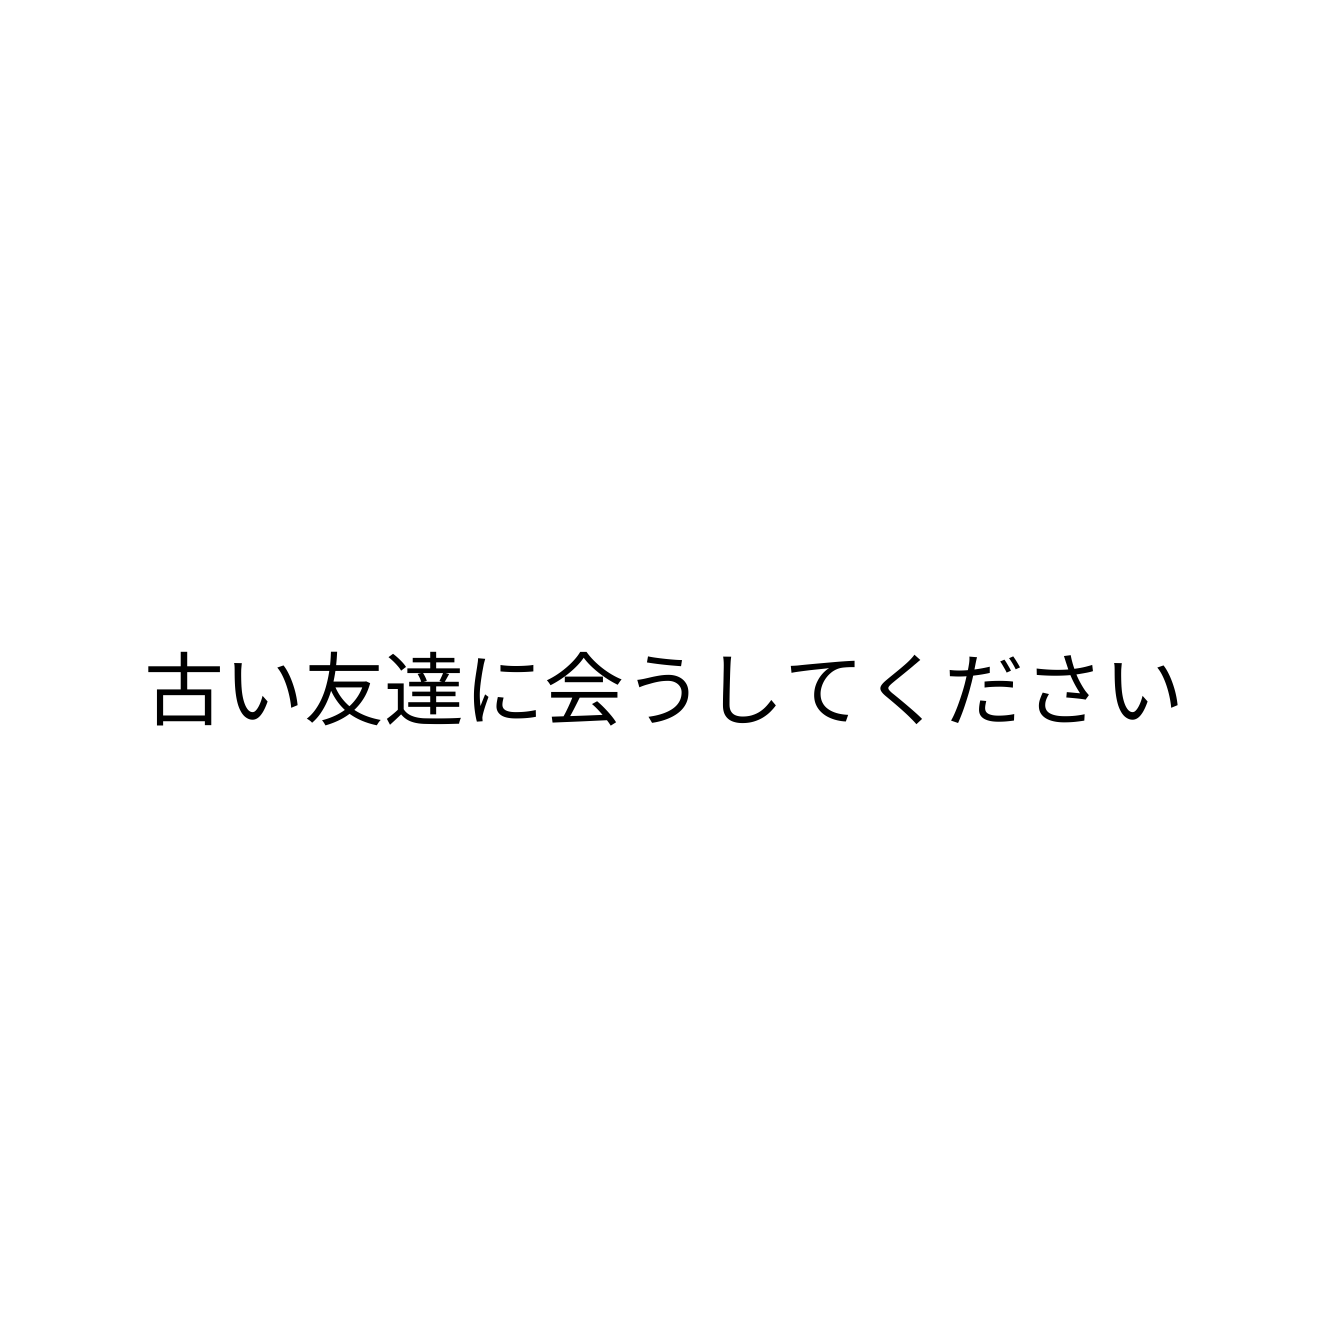
古い友達に会うしてください